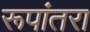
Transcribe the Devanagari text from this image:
रूपांतरा